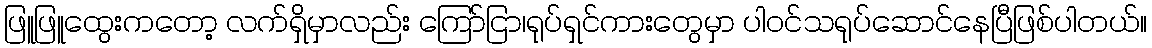
ဖြူဖြူထွေးကတော့ လက်ရှိမှာလည်း ကြော်ငြာ၊ရုပ်ရှင်ကားတွေမှာ ပါဝင်သရုပ်ဆောင်နေပြီဖြစ်ပါတယ်။